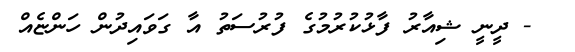
- ދީނީ ޝިއާރު ފާޅުކުރުމުގެ ފުރުސަތު އާ ގަވައިދުން ހަންޏެއް